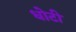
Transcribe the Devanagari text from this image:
धोटी